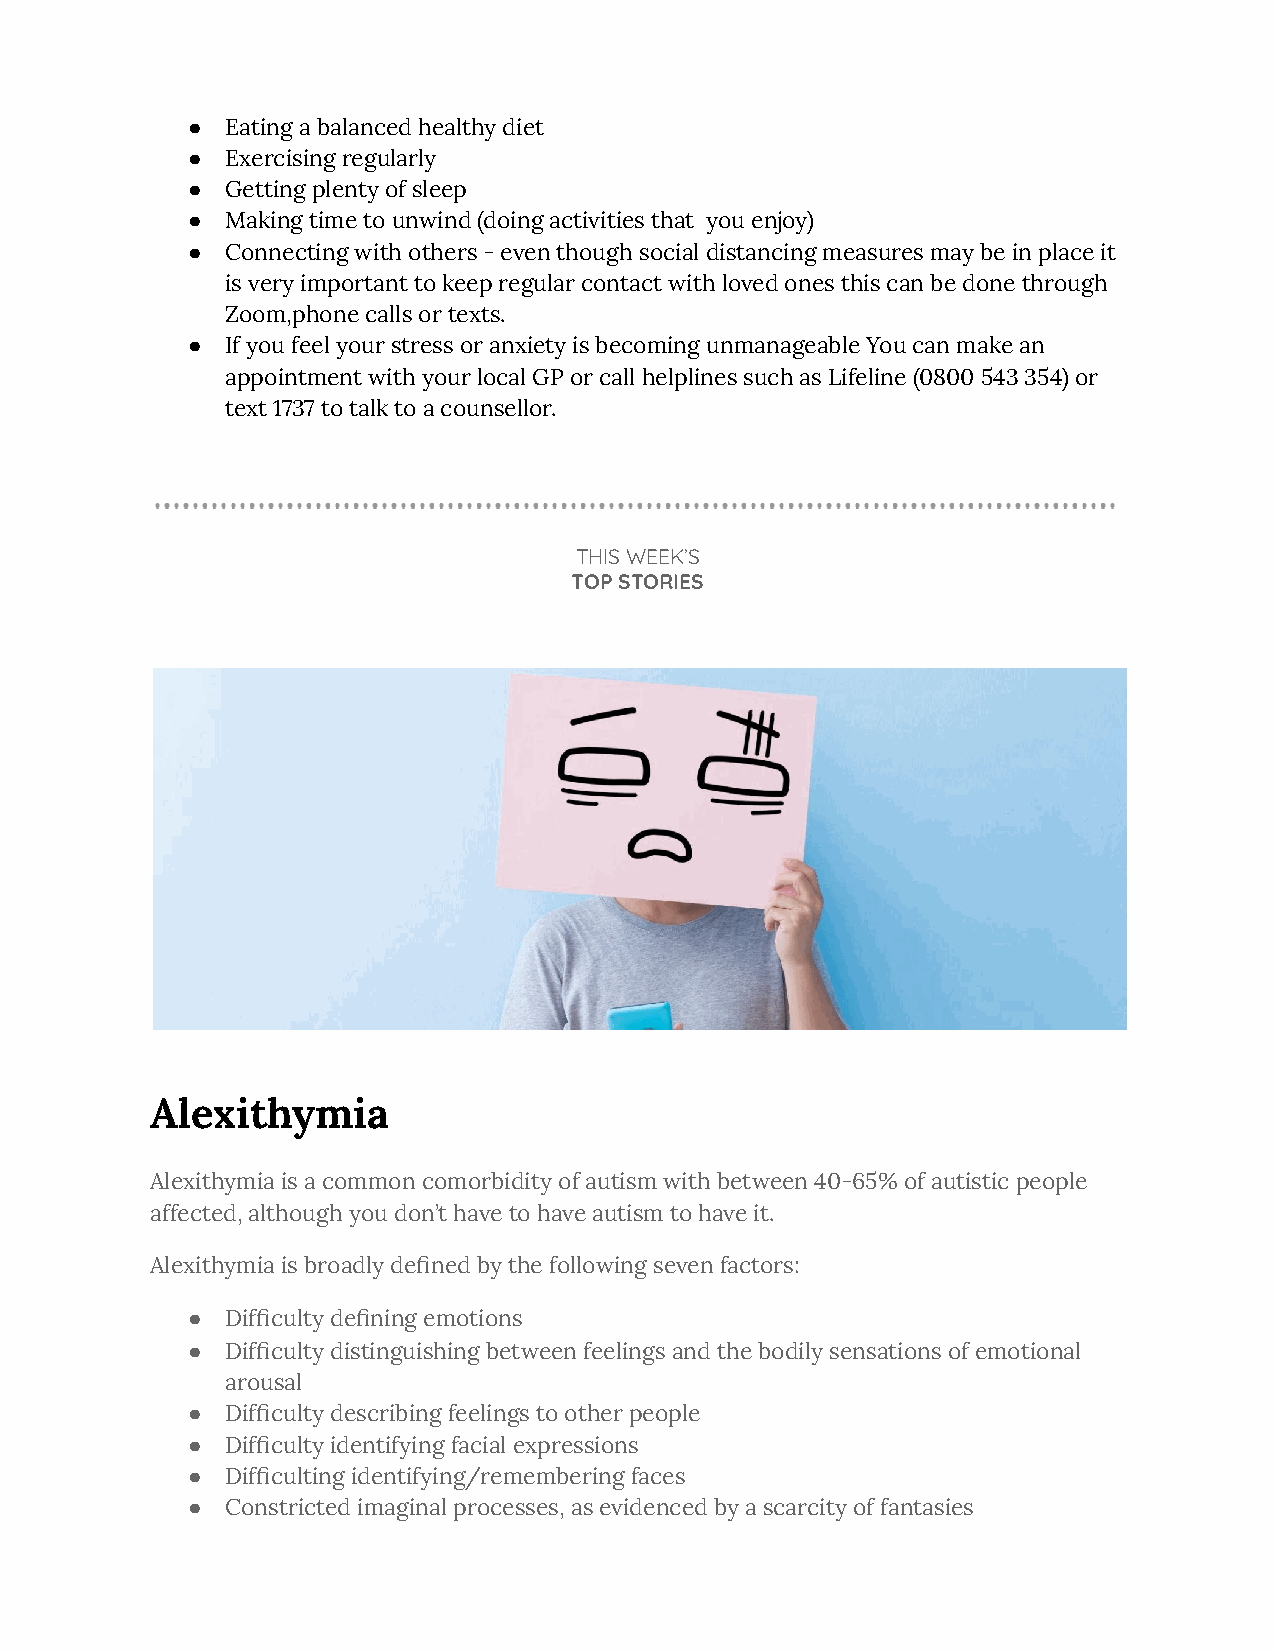
●  Eating a balanced healthy diet
 ●  Exercising regularly
 ●  Getting plenty of sleep
 ●  Making time to unwind (doing activities that you enjoy)
 ●  Connecting with others - even though social distancing measures may be in place it
 is very important to keep regular contact with loved ones this can be done through
 Zoom,phone calls or texts.
 ●  If you feel your stress or anxiety is becoming unmanageable You can make an
 appointment with your local GP or call helplines such as Lifeline (0800 543 354) or
 text 1737 to talk to a counsellor.
 THIS WEEK’S
 TOP STORIES
 Alexithymia
 Alexithymia is a common comorbidity of autism with between 40-65% of autistic people
 affected, although you don’t have to have autism to have it.
 Alexithymia is broadly defined by the following seven factors:
 ●  Difficulty defining emotions
 ●  Difficulty distinguishing between feelings and the bodily sensations of emotional
 arousal
 ●  Difficulty describing feelings to other people
 ●  Difficulty identifying facial expressions
 ●  Difficulting identifying/remembering faces
 ●  Constricted imaginal processes, as evidenced by a scarcity of fantasies